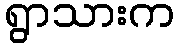
ရွာသားက